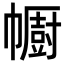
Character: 𢅥